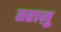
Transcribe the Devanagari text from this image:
तराज़ू़